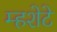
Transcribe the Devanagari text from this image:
म्हशेटे